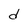
Character: d